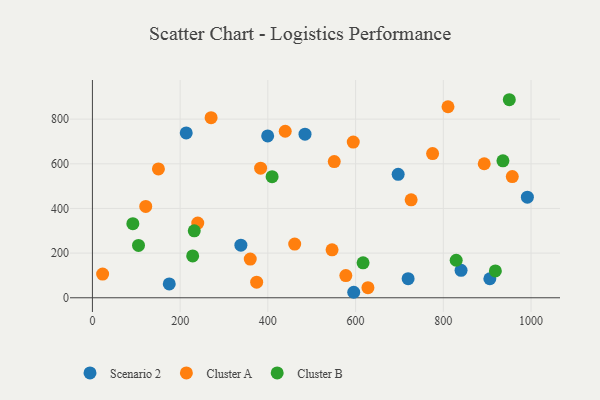
{"axis": {"x": "Study Hours", "y": "Salary"}, "legend": ["Cluster A", "Cluster B", "Scenario 2"], "data": [{"x": "399.6", "y": 724.7, "type": "Scenario 2"}, {"x": "175.2", "y": 61.9, "type": "Scenario 2"}, {"x": "338.5", "y": 235.4, "type": "Scenario 2"}, {"x": "719.8", "y": 85.4, "type": "Scenario 2"}, {"x": "840.5", "y": 122.7, "type": "Scenario 2"}, {"x": "213.9", "y": 738.3, "type": "Scenario 2"}, {"x": "991.7", "y": 450.4, "type": "Scenario 2"}, {"x": "595.8", "y": 24.6, "type": "Scenario 2"}, {"x": "484.7", "y": 732.6, "type": "Scenario 2"}, {"x": "906.1", "y": 85.2, "type": "Scenario 2"}, {"x": "697.1", "y": 552.9, "type": "Scenario 2"}, {"x": "893.3", "y": 600.3, "type": "Cluster A"}, {"x": "810.7", "y": 855.5, "type": "Cluster A"}, {"x": "439.6", "y": 745.8, "type": "Cluster A"}, {"x": "240.2", "y": 334.6, "type": "Cluster A"}, {"x": "461.2", "y": 240.3, "type": "Cluster A"}, {"x": "628.2", "y": 45.4, "type": "Cluster A"}, {"x": "546.4", "y": 214.8, "type": "Cluster A"}, {"x": "23.3", "y": 105.9, "type": "Cluster A"}, {"x": "775.6", "y": 645.9, "type": "Cluster A"}, {"x": "270.6", "y": 806.4, "type": "Cluster A"}, {"x": "150.5", "y": 576.9, "type": "Cluster A"}, {"x": "726.7", "y": 438.6, "type": "Cluster A"}, {"x": "594.7", "y": 697.1, "type": "Cluster A"}, {"x": "359.9", "y": 173.4, "type": "Cluster A"}, {"x": "577.8", "y": 99.3, "type": "Cluster A"}, {"x": "957.3", "y": 542.9, "type": "Cluster A"}, {"x": "383.5", "y": 580.6, "type": "Cluster A"}, {"x": "374.5", "y": 69.8, "type": "Cluster A"}, {"x": "121.6", "y": 409.1, "type": "Cluster A"}, {"x": "551.4", "y": 609.8, "type": "Cluster A"}, {"x": "617.1", "y": 156.6, "type": "Cluster B"}, {"x": "918.7", "y": 120.3, "type": "Cluster B"}, {"x": "950.5", "y": 887.0, "type": "Cluster B"}, {"x": "228.6", "y": 187.5, "type": "Cluster B"}, {"x": "829.4", "y": 168.0, "type": "Cluster B"}, {"x": "936.0", "y": 613.3, "type": "Cluster B"}, {"x": "105.1", "y": 234.4, "type": "Cluster B"}, {"x": "409.7", "y": 542.4, "type": "Cluster B"}, {"x": "232.2", "y": 299.7, "type": "Cluster B"}, {"x": "92.2", "y": 332.0, "type": "Cluster B"}]}